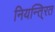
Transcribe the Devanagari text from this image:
नियन्ति्रत